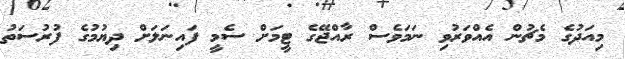
މިއަދުގެ މެޗުން އެއްވަރުވި ނަމަވެސް ރާއްޖޭގެ ޓީމަށް ސެމީ ފައިނަލަށް ދިޔުމުގެ ފުރުސަތު